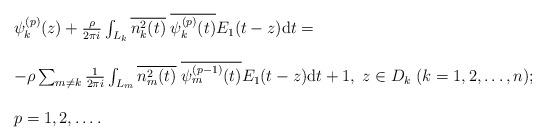
LaTeX: \begin{align*}\begin{array}{llr}\psi^{(p)}_k(z) + \frac{\rho}{2\pi i} \int_{L_k} \overline{n_k^2(t)}\;\overline{\psi^{(p)}_k(t)}E_1(t-z) \textrm{d}t =\\\\-\rho \sum_{m \neq k} \frac{1}{2\pi i} \int_{L_m} \overline{n_m^2(t)}\;\overline{\psi^{(p-1)}_m(t)}E_1(t-z) \textrm{d}t+1, \;z \in D_k \;(k=1,2,\ldots, n); \\\\p=1,2,\ldots.\end{array} \end{align*}